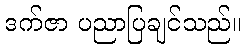
ဒက်ဇာ ပညာပြချင်သည်။